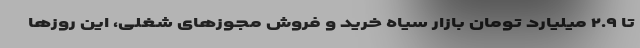
تا ۲.۹ میلیارد تومان بازار سیاه خرید و فروش مجوزهای شغلی، این روزها